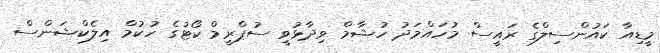
މީޑިއާ ކައުންސިލްގެ ރައީސް މުހައްމަދު ހުޝާމް ވިދާޅުވީ ސުޕްރީމް ކޯޓުގެ ހުކުމް އިލެކްޝަންސް